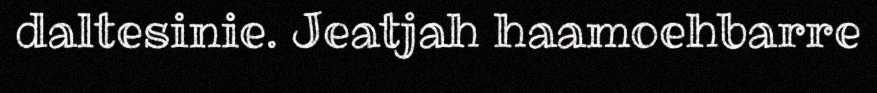
daltesinie. Jeatjah haamoehbarre